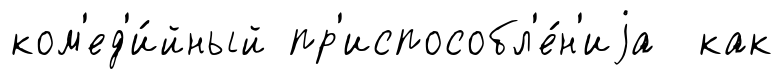
ком'ед'и́йный пр'испособл'е́н'иjа как